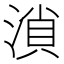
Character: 溑